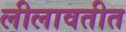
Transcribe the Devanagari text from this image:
लीलावतीत